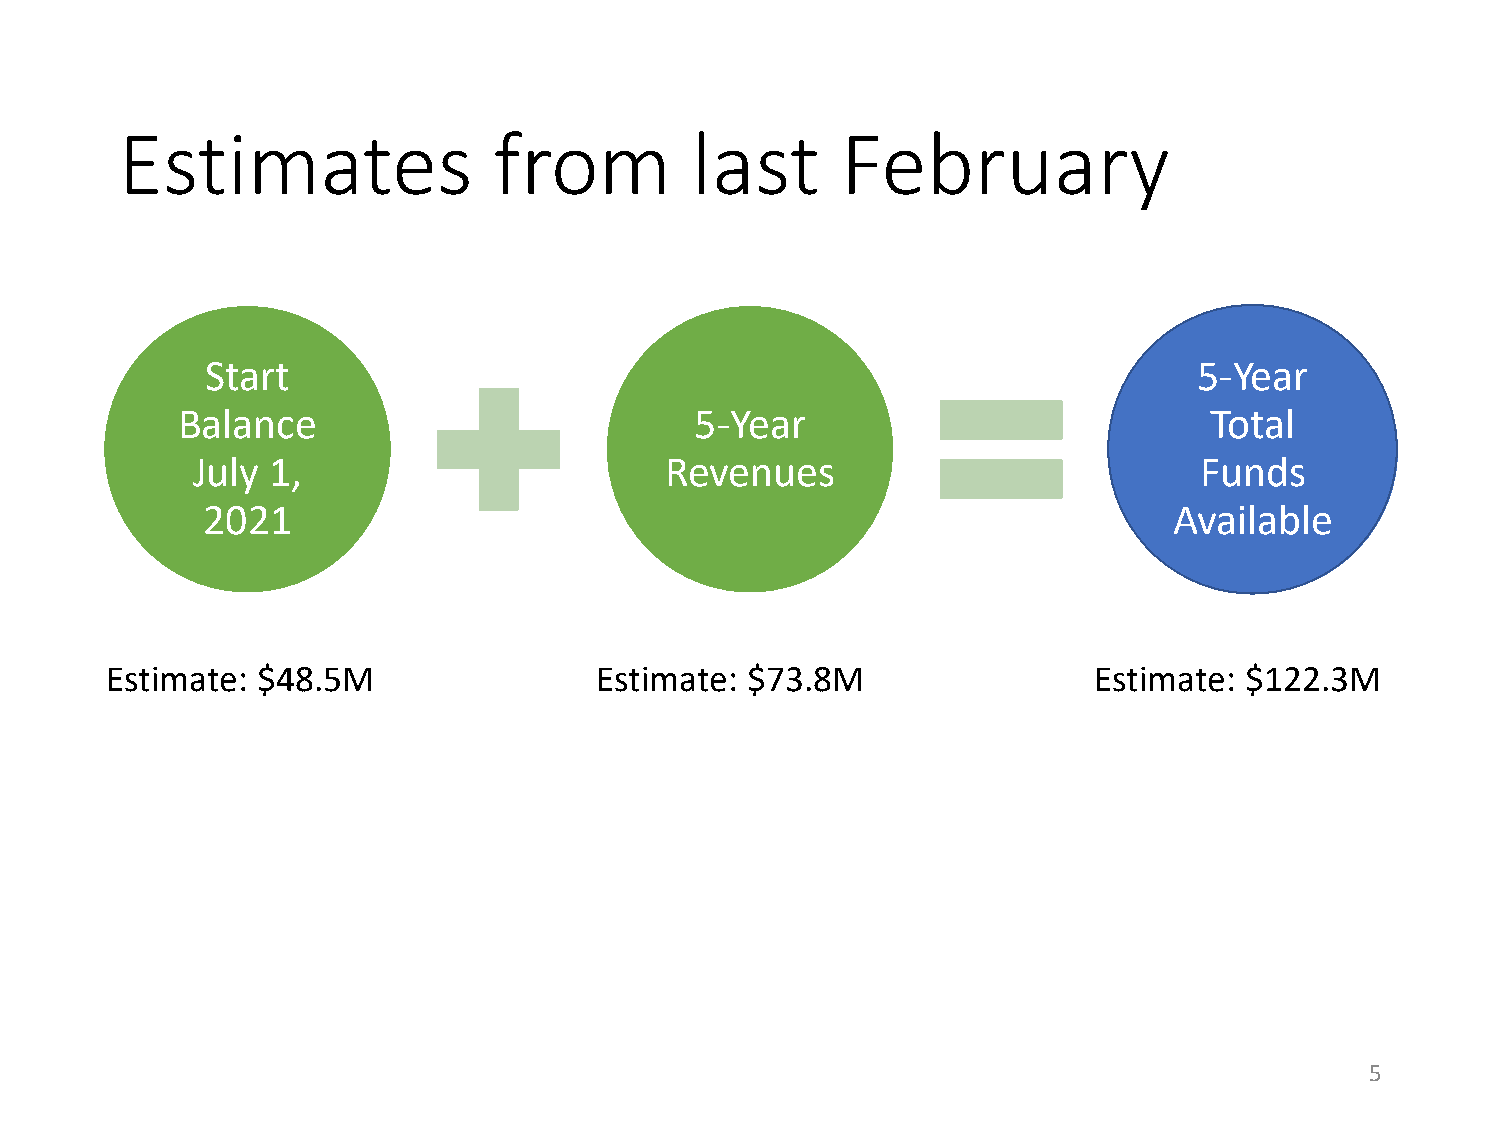
Estimates                from         last      February
 Start                                                            5-Year
 Balance                           5-Year                            Total
 July 1,                        Revenues                           Funds
 2021                                                             Available
 Estimate: $48.5M                Estimate: $73.8M                 Estimate: $122.3M
 5